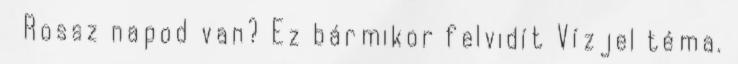
Rossz napod van? Ez bármikor felvidít Vízjel téma.